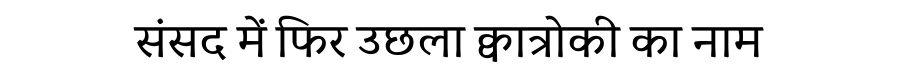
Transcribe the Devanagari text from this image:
संसद में फिर उछला क्वात्रोकी का नाम